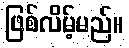
ဖြစ်လိမ့်မည်။